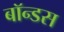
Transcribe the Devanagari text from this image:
बॉन्डस